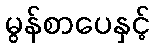
မွန်စာပေနှင့်